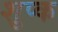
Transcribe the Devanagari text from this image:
शुप्क